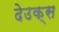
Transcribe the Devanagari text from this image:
देउक्स